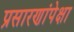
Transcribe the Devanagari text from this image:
प्रसारणांपेक्षा